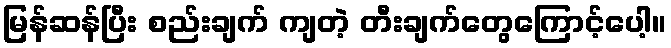
မြန်ဆန်ပြီး စည်းချက် ကျတဲ့ တီးချက်တွေကြောင့်ပေါ့။